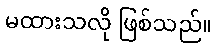
မထားသလို ဖြစ်သည်။